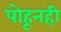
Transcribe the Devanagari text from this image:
पोहूनही